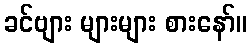
ခင်ဗျား များများ စားနော်။